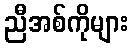
ညီအစ်ကိုများ